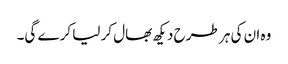
وہ ان کی ہر طرح دیکھ بھال کر لیا کرے گی۔